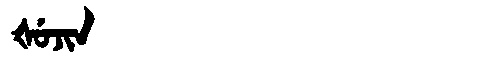
Manchu: ᡧᡠᠵᡳᠨ
Romanization: ŠUJIN